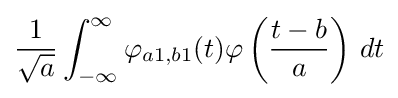
{\frac {1}{\sqrt {a}}}\int _{-\infty }^{\infty }\varphi _{a1,b1}(t)\varphi \left({\frac {t-b}{a}}\right)\,dt